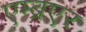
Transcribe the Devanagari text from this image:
एम्ब्रएर